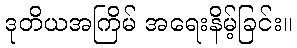
ဒုတိယအကြိမ် အရေးနိမ့်ခြင်း။